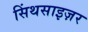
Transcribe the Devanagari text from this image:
सिंथसाइज़र